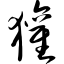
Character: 獾